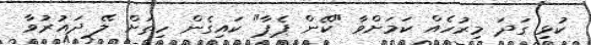
ކުޅި ގަދަ މިިރުހެއް ކަމަށްވާ "ކޭން ޕެޕާ" ކައިގެން ހިތަށް ލޭ ދައުރުވާ